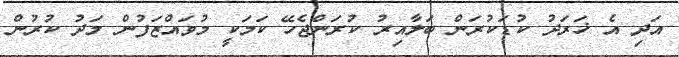
އަދި އެ ޚަރަދު ކުޑަކުރަން ބަލާއިރު ކުރަންޖެހޭ ކަމަކީ މުވައްޒަފުން މަދު ކުރުން